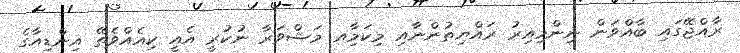
ރާއްޖޭގައި ބާއްވަން ނިންމިއިރު ރައްޔިތުންނާއި މިކަމާިއ މަޝްވަރާ ނުކުރީ އެއީ ކިއެއްވެތޭ އިންޑިއާގެ